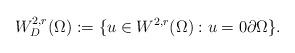
LaTeX: \begin{align*}W_{D}^{2,r}(\Omega):=\{u\in W^{2,r}(\Omega):u=0\partial\Omega\}.\end{align*}